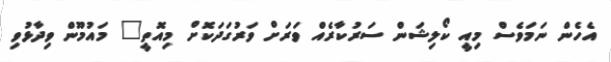
އެހެން ނަމަވެސް މިއީ ކޯލިޝަން ސަރުކާރެއް ވަރަށް ވަރުގަދަކޮށް މިއޮތީ" މައުމޫން ވިދާޅުވި